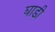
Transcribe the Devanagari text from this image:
घाडी